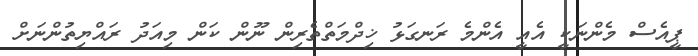
ޕީއެސް މެންނަކީ އެއީ އެންމެ ރަނގަޅު ޚިދްމަތްތެރިން ނޫން ކަން މިއަދު ރައްޔިތުންނަށް